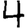
Digit: 4